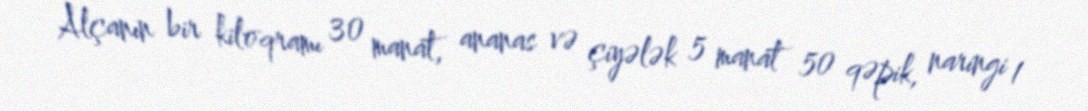
Alçanın bir kiloqramı 30 manat, ananas və çiyələk 5 manat 50 qəpik, naringi 1